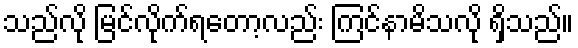
သည်လို မြင်လိုက်ရတော့လည်း ကြင်နာမိသလို ရှိသည်။